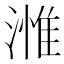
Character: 𣻰